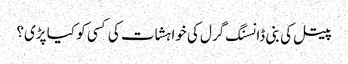
پیتل کی بنی ڈانسنگ گرل کی خواہشات کی کسی کو کیا پڑی؟